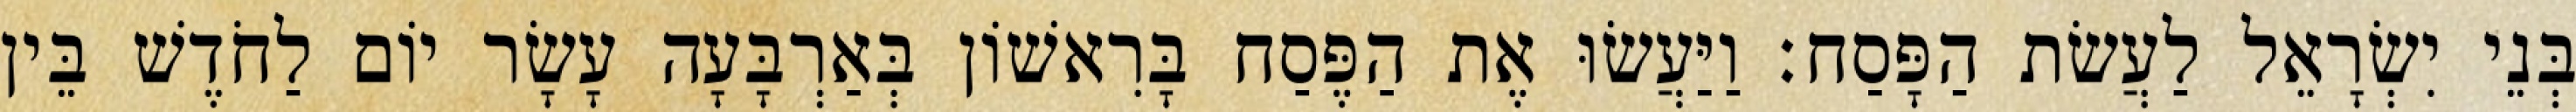
בְּנֵי יִשְׂרָאֵל לַעֲשׂת הַפָּסַח׃ וַיַּעֲשׂוּ אֶת הַפֶּסַח בָּרִאשׁוֹן בְּאַרְבָּעָה עָשָׂר יוֹם לַחֹדֶשׁ בֵּין